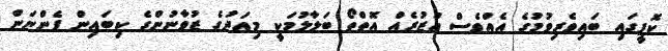
ކޮފީގައި ބައިވެރިވުމުގެ އެއްވެސް އުޒުރެއް އޮތްތޯ ބަލާލުމަކީ މިއަދުގެ ޒުވާނުންގެ ކިބައިން ފެންނަން